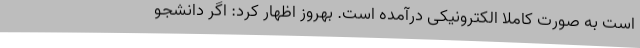
است به صورت کاملا الکترونیکی درآمده است. بهروز اظهار کرد: اگر دانشجو